Plague in India, 1896, 1897 - Volume 1
Year: 1896
Disease focus: Plague
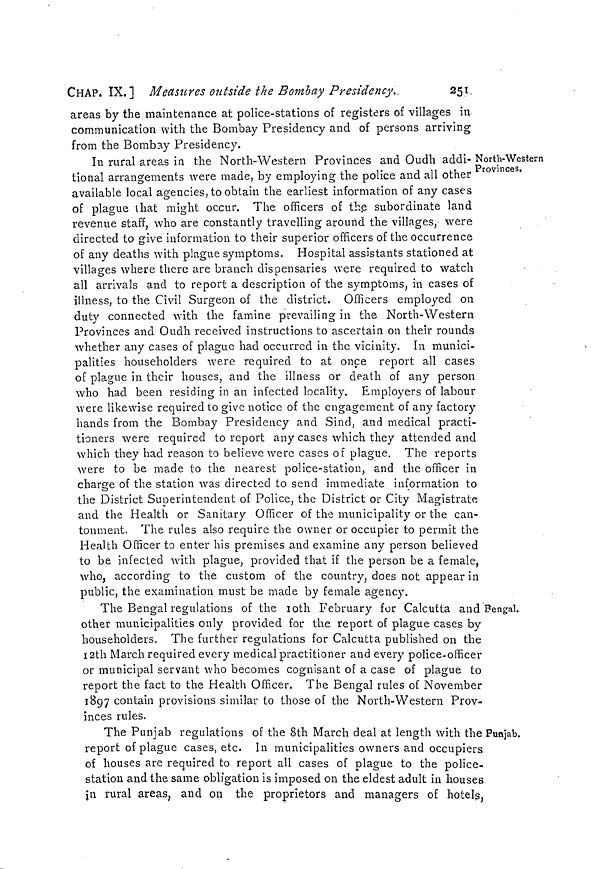
CHAP. IX.] Measures outside the Bombay Presidency.
251
areas by the maintenance at police-stations of registers of villages in
communication with the Bombay Presidency and of persons arriving
from the Bombay Presidency.
North-Western
Provinces,
In rural areas in the North-Western Provinces and Oudh addi-
tional arrangements were made, by employing the police and all other
available local agencies, to obtain the earliest information of any cases
of plague that might occur. The officers of the subordinate land
revenue staff, who are constantly travelling around the villages, were
directed to give information to their superior officers of the occurrence
of any deaths with plague symptoms. Hospital assistants stationed at
villages where there are branch dispensaries were required to watch
all arrivals and to report a description of the symptoms, in cases of
illness, to the Civil Surgeon of the district. Officers employed on
duty connected with the famine prevailing in the North-Western
Provinces and Oudh received instructions to ascertain on their rounds
whether any cases of plague had occurred in the vicinity. In munici-
palities householders were required to at once report all cases
of plague in their houses, and the illness or death of any person
who had been residing in an infected locality. Employers of labour
were likewise required to give notice of the engagement of any factory
hands from the Bombay Presidency and Sind, and medical practi-
tioners were required to report any cases which they attended and
which they had reason to believe were cases of plague. The reports
were to be made to the nearest police-station, and the officer in
charge of the station was directed to send immediate information to
the District Superintendent of Police, the District or City Magistrate
and the Health or Sanitary Officer of the municipality or the can-
tonment. The rules also require the owner or occupier to permit the
Health Officer to enter his premises and examine any person believed
to be infected with plague, provided that if the person be a female,
who, according to the custom of the country, does not appear in
public, the examination must be made by female agency.
Bengal.
The Bengal regulations of the 10th February for Calcutta and
other municipalities only provided for the report of plague cases by
householders. The further regulations for Calcutta published on the
12th March required every medical practitioner and every police-officer
or municipal servant who becomes cognisant of a case of plague to
report the fact to the Health Officer. The Bengal rules of November
1897 contain provisions similar to those of the North-Western Prov-
inces rules.
Punjab.
The Punjab regulations of the 8th March deal at length with the
report of plague cases, etc. In municipalities owners and occupiers
of houses are required to report all cases of plague to the police-
station and the same obligation is imposed on the eldest adult in houses
in rural areas, and on the proprietors and managers of hotels,